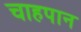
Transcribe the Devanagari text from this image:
चाहपान